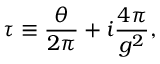
\tau \equiv { \frac { \theta } { 2 \pi } } + i { \frac { 4 \pi } { g ^ { 2 } } } ,